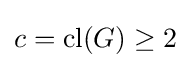
c=\mathrm {cl} (G)\geq 2